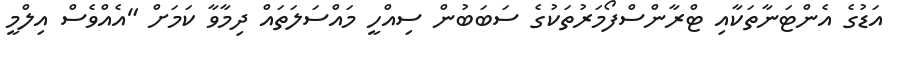
އަޑުގެ އެންޓަނާތަކާއި ޓްރާންސްފޯމަރުތަކުގެ ސަބަބުން ސިއްހީ މައްސަލަތައް ދިމާވާ ކަމަށް "އެއްވެސް އިލްމީ